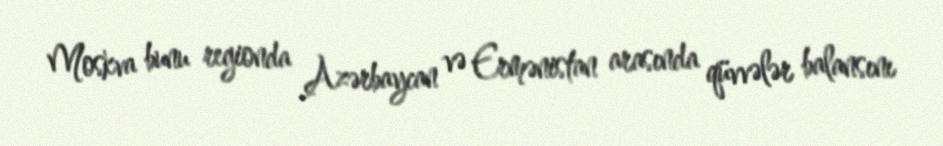
Moskva bunu regionda Azərbaycan və Ermənistan arasında qüvvələr balansını